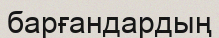
барғандардың